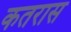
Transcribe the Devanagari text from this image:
कतरास